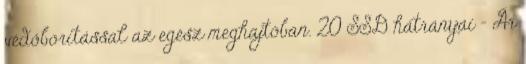
védőborítással az egész meghajtóban. 20 SSD hátrányai - Ár